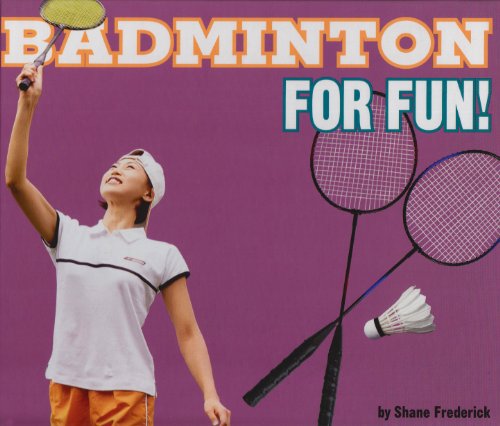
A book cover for Badminton for Fun! (For Fun!: Sports); Shane Frederick; Sports & Outdoors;